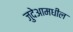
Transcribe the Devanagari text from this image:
जुदेआमधील